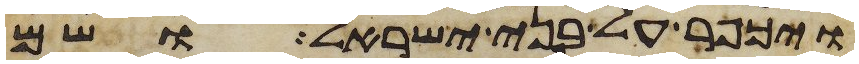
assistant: ויכפר על בני ישראל ושם